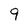
Character: 9